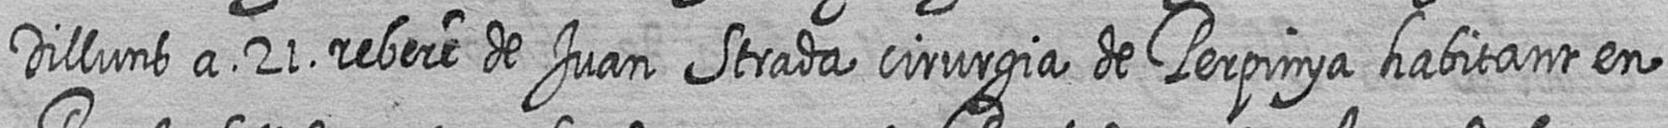
Dilluns a 21 rebere de Juan Strada cirurgia de Perpinya habitant en